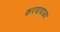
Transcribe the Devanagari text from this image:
करवावाळा